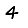
Digit: 4